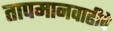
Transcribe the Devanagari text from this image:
तापमानवाढीचे